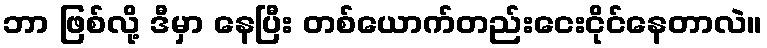
ဘာ ဖြစ်လို့ ဒီမှာ နေပြီး တစ်ယောက်တည်းငေးငိုင်နေတာလဲ။